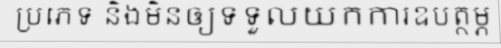
ប្រភេទ និងមិនឲ្យទទួលយកការឧបត្ថម្ភ